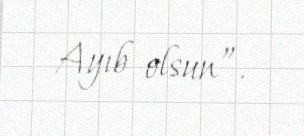
Ayıb olsun”.